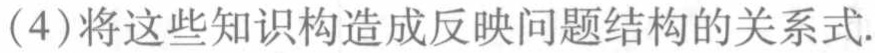
(4)将这些知识构造成反映问题结构的关系式.